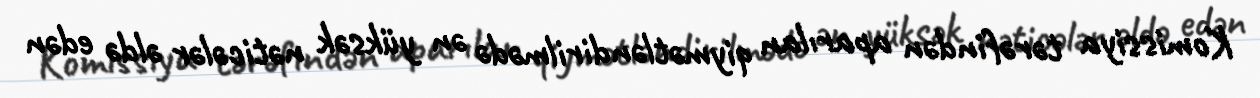
Komissiya tərəfindən aparılan qiymətləndirilmədə ən yüksək nəticələr əldə edən